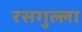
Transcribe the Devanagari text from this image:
रसगुल्‍ला